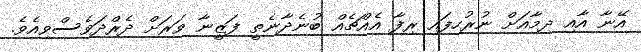
އޭނާ އާއި ދިމާއަށް ނުރުހިފައި ރިފާ އެއްޗެއް ބުނެދާނެތީ ފަޒީނާ ވަރަށް ދެރްދަވެސްވިއެވެ.